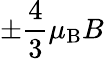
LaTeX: \pm{\frac{4}{3}}\mu_{\mathrm{{B}}}B